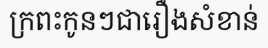
ក្រពះកូនៗជារឿងសំខាន់